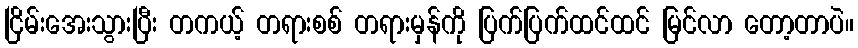
ငြိမ်းအေးသွားပြီး တကယ့် တရားစစ် တရားမှန်ကို ပြက်ပြက်ထင်ထင် မြင်လာ တော့တာပဲ။